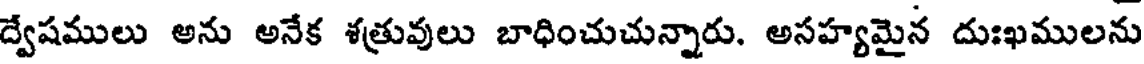
ద్వేషములు అను అనేక శత్రువులు బాధించుచున్నారు. అసహ్యమైన దుఃఖములను